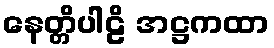
နေတ္တိပါဠိ အဋ္ဌကထာ